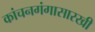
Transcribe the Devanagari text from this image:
कांचनगंगासारखी